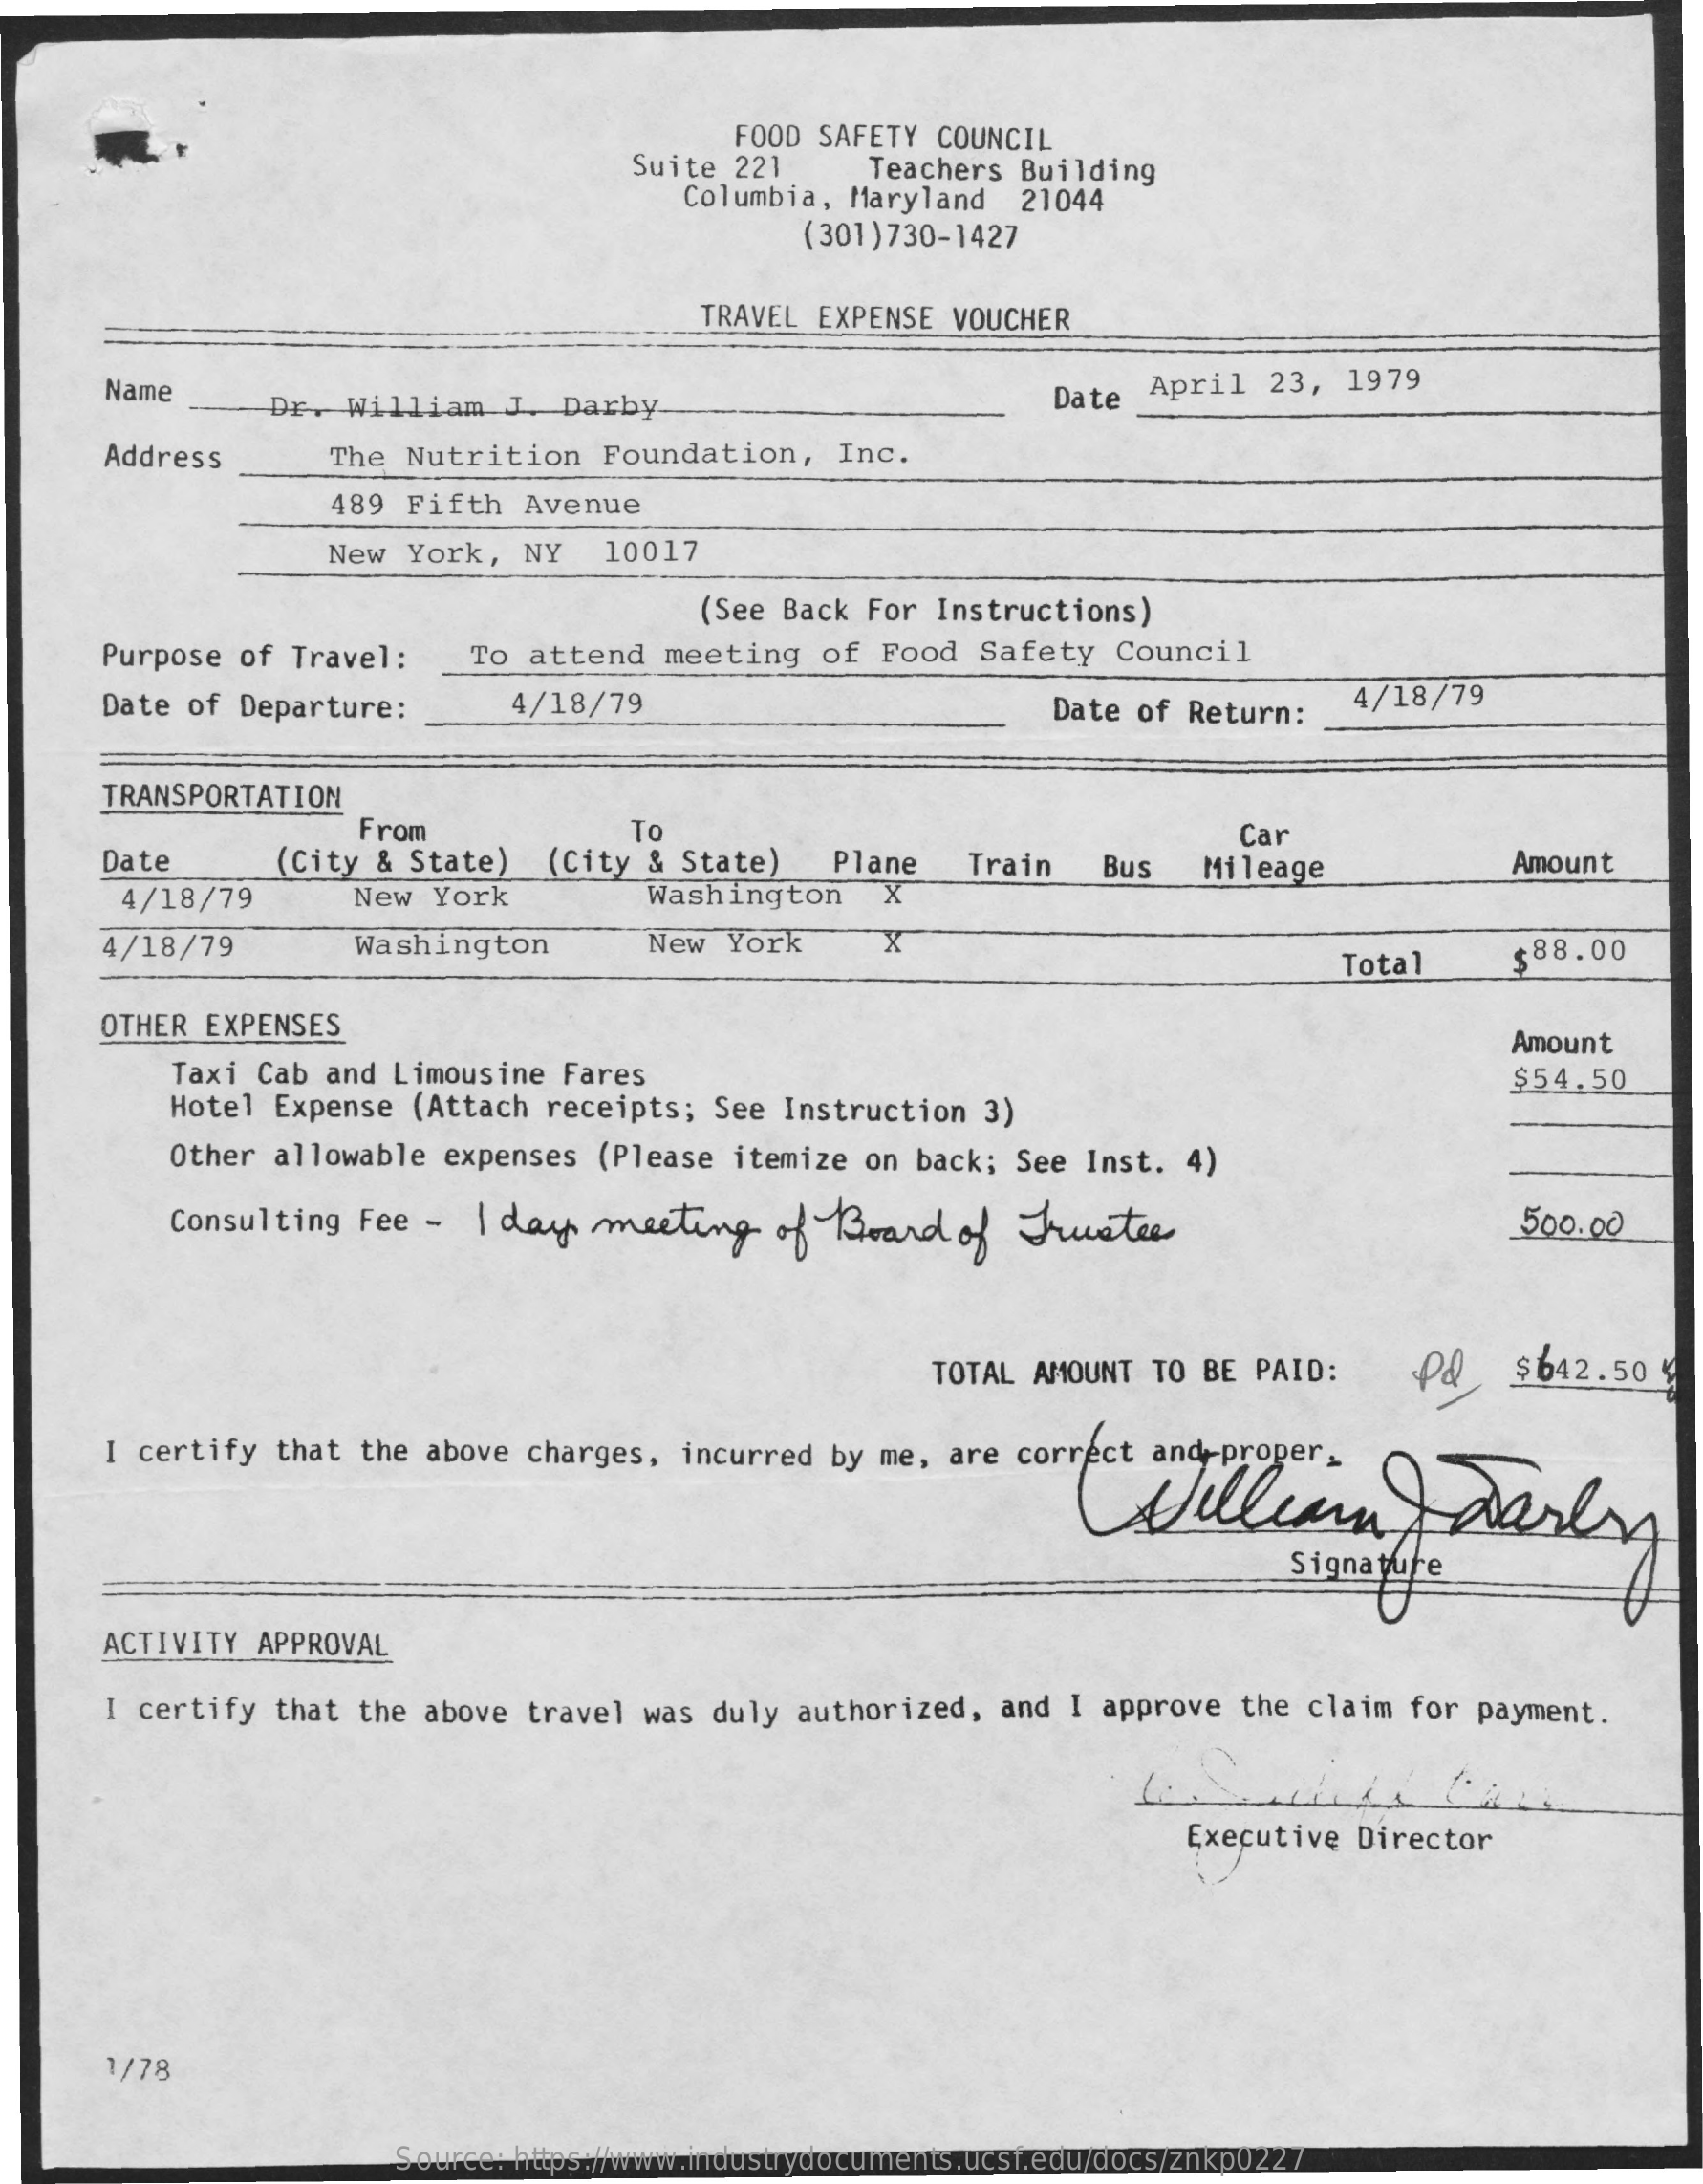
Suite 221
     FOOD SAFETY COUNCIL
     Teachers Building
     Columbia, Maryland 21044
     (301) 730-1427
     TRAVEL EXPENSE VOUCHER
     Name    Dr. William J. Darby    Date April 23, 1979
     Address    The Nutrition Foundation, Inc.
     489 Fifth Avenue
     New York, NY  10017
     (See Back For Instructions)
     Purpose of Travel: To attend meeting of Food Safety Council
     Date of Departure:  4/18/79    Date of Return: 4/18/79
     TRANSPORTATION
     From
     (City & State) (City & State)
     To
     Plane
     Car
     Date    Train  Bus Mileage    Amount
     4/18/79    New York    Washington X
     4/18/79    Washington    New York    X
     Total    $88.00
     OTHER EXPENSES
     Taxi Cab and Limousine Fares
     Amount
     Hotel Expense (Attach receipts; See Instruction 3)
     $54.50
     Other allowable expenses (Please itemize on back; See Inst. 4)
     Consulting Fee - I day meeting of Board of Frates    500.00
     TOTAL AMOUNT TO BE PAID: p& $642.50 4
     I certify that the above charges, incurred by me, are correct and-proper.
     Signature
     ACTIVITY APPROVAL
     I certify that the above travel was duly authorized, and I approve the claim for payment.
     Executive Director
     1/78
     Source: https://www.industrydocuments.ucsf.edu/docs/znkp0227